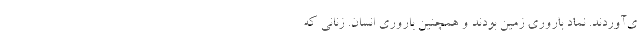
ی‌آوردند. نماد باروری زمین بودند و همچنین باروری انسان. زنانی که